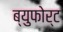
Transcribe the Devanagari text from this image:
ब्युफोर्ट